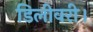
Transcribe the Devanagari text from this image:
डिलीवरी।